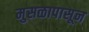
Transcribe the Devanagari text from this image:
मुसळापासून